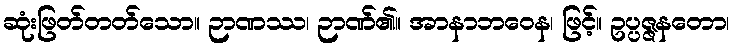
ဆုံးဖြတ်တတ်သော။ ဉာဏဿ၊ ဉာဏ်၏။ အာနာဘဝေန၊ ဖြင့်။ ဥပ္ပဇ္ဇနတော၊